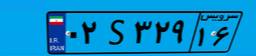
۰۲S۳۲۹۱۶